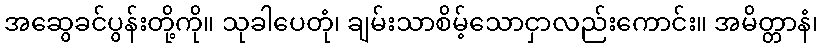
အဆွေခင်ပွန်းတို့ကို။ သုခါပေတုံ၊ ချမ်းသာစိမ့်သောငှာလည်းကောင်း။ အမိတ္တာနံ၊